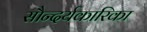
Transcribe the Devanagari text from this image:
सौन्दर्यकारिका